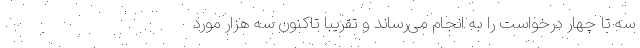
سه تا چهار درخواست را به انجام می‌رساند و تقریباً تاکنون سه هزار مورد